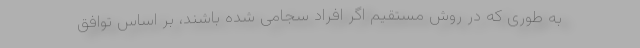
به طوری که در روش مستقیم اگر افراد سجامی شده باشند، بر اساس توافق